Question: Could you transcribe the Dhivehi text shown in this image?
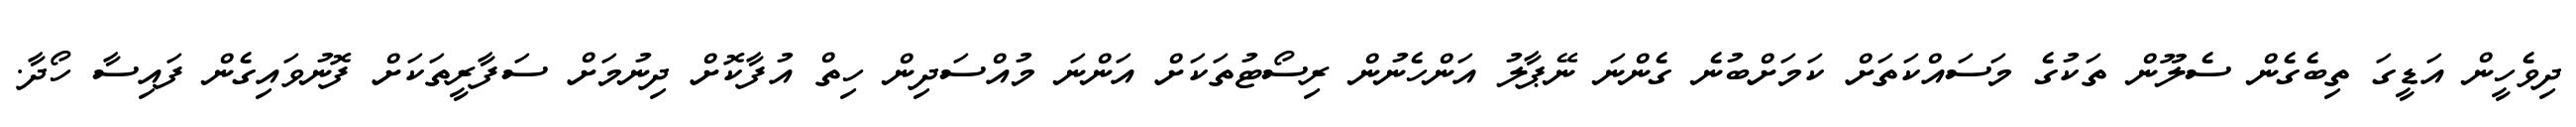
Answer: ދިވެހީން އަޑީގަ ތިބެގެން ސެލޫން ތަކުގެ މަސައްކަތަށް ކަމަށްބުނެ ގެންނަ ނޭޕާލު އަންހެނުން ރިސޯޓުތަކަށް އަންނަ މުއްސަދިން ހިތް އުފާކޮށް ދިނުމަށް ސަފާރީތަކަށް ފޮނުވައިގެން ފައިސާ ހޯދާ.